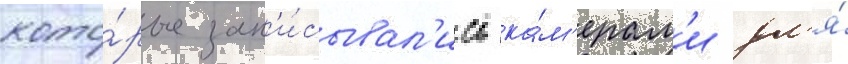
кото́рые зап'и́сывал'ись ка́м'ерам'и дл'я́